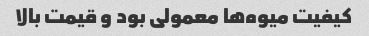
کیفیت میوه‌ها معمولی بود و قیمت بالا